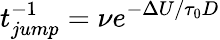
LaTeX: t_{jump}^{-1}=\nu e^{-\Delta U/\tau_{0}D}